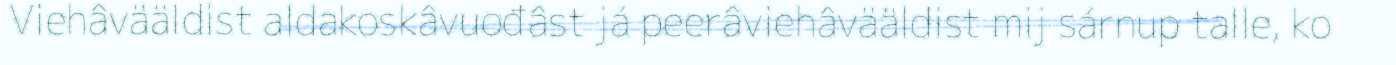
Viehâvääldist aldakoskâvuođâst já peerâviehâvääldist mij sárnup talle, ko